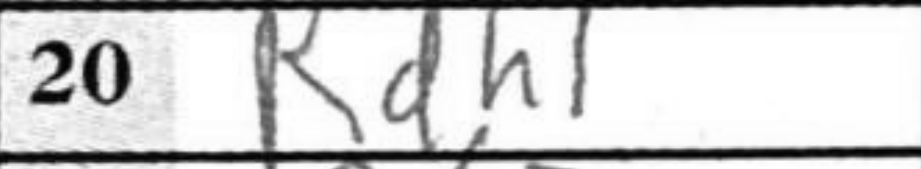
Transcription: Rdh1